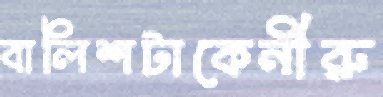
বালিশটাকেনীরু